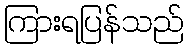
ကြားရပြန်သည်